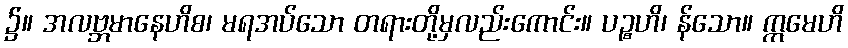
၌။ အလဗ္ဘမာနေဟိစ၊ မရအပ်သော တရားတို့မှလည်းကောင်း။ ပဉ္စဟိ၊ န်သော။ ဣမေဟိ